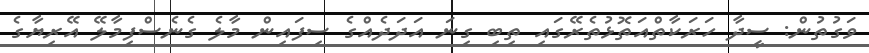
ވަގުތުން: ސީދާ ހަރަކާތްއަތޮޅުތެރޭގައި ތިބި ގިނަ އަދަދެއްގެ ސިފައިން މާލެ ގެނެސްފިމާލޭ އޭރިޔާގެ